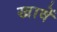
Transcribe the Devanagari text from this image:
खावें